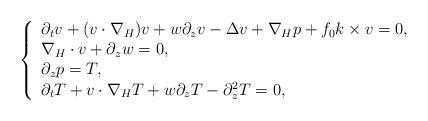
LaTeX: \begin{align*} \left\{ \begin{array}{l} \partial_tv +(v \cdot\nabla_H)v+w\partial_zv-\Delta v+\nabla_H p+f_0k\times v=0,\\ \nabla_H\cdot v+\partial_zw=0,\\ \partial_zp=T,\\ \partial_tT+v\cdot\nabla_HT+w\partial_zT -\partial_z^2T=0, \end{array} \right.\end{align*}